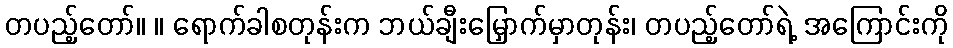
တပည့်တော်။ ။ ရောက်ခါစတုန်းက ဘယ်ချီးမြှောက်မှာတုန်း၊ တပည့်တော်ရဲ့ အကြောင်းကို